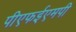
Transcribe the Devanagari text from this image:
पीएफईएमपी